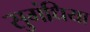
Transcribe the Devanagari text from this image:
सुगंधिया